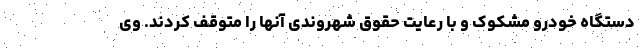
دستگاه خودرو مشکوک و با رعایت حقوق شهروندی آنها را متوقف کردند. وی